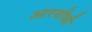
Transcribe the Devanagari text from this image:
आरसीबी